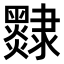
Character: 𨾄